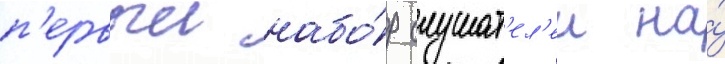
п'ервыи набо́р слушат'ел'еи на́